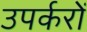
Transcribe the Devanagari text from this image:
उपर्करों